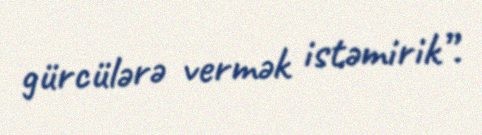
gürcülərə vermək istəmirik”.